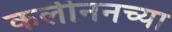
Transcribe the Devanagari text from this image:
कलीननच्या